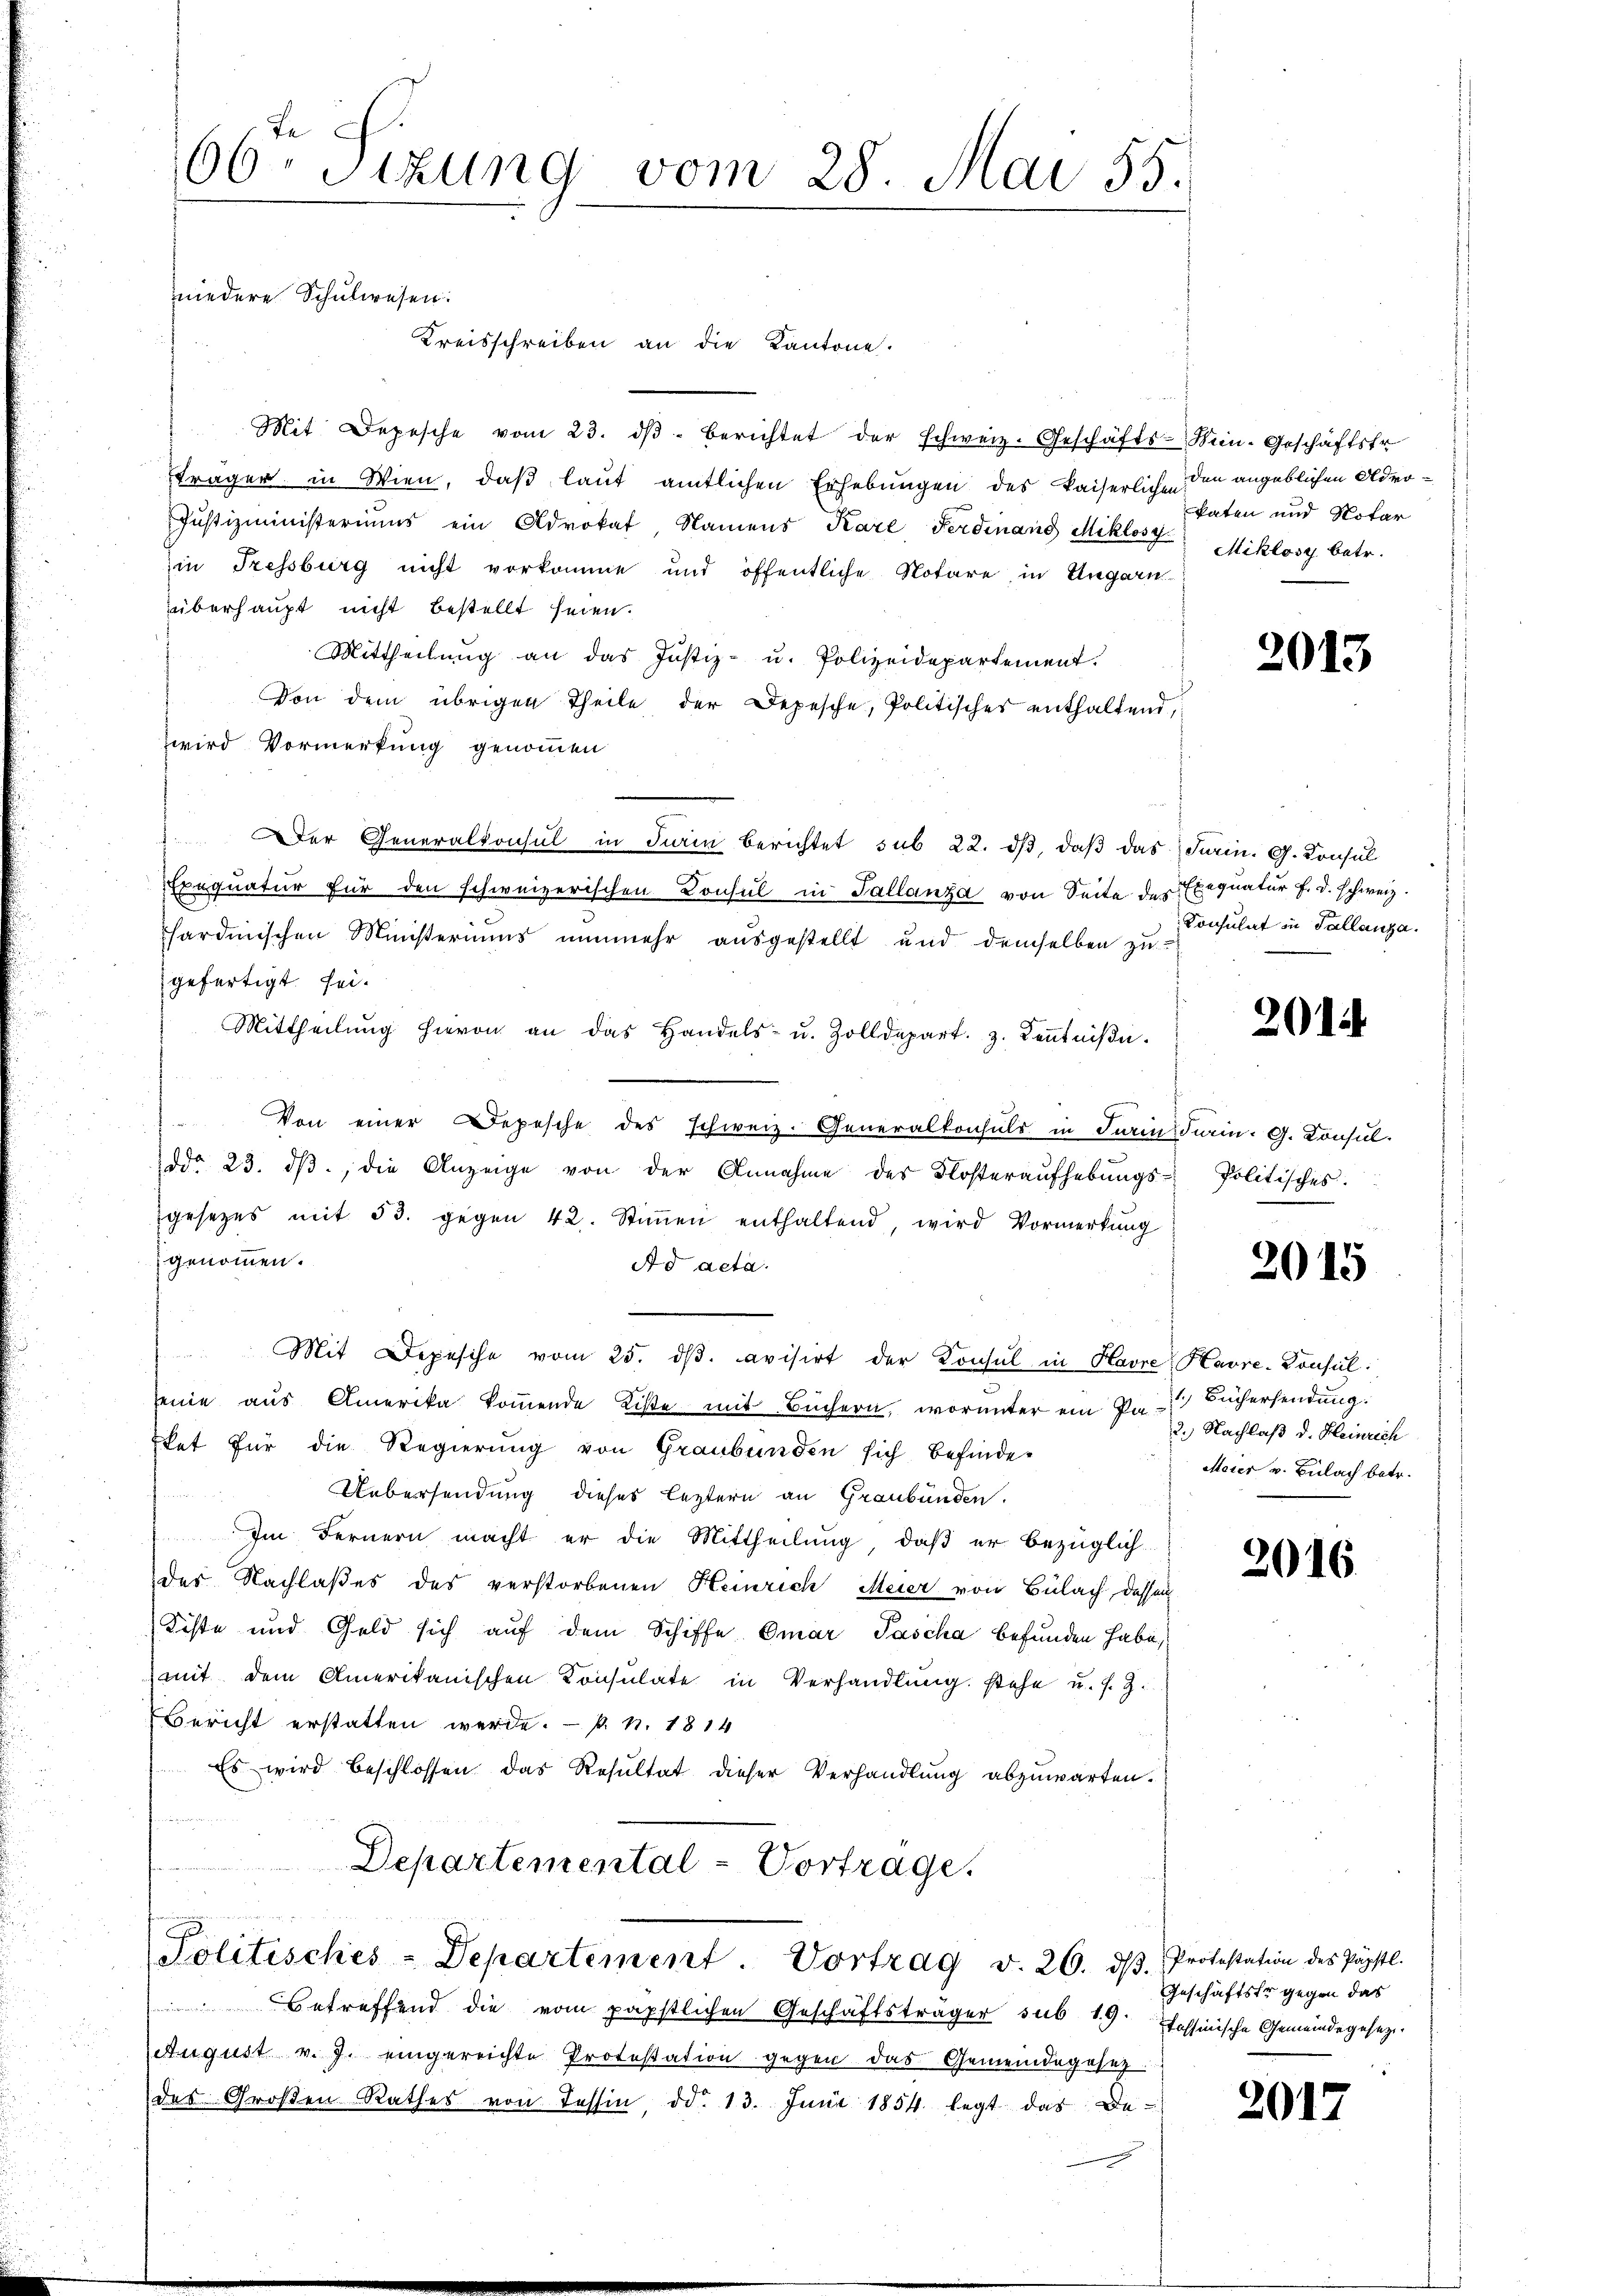
Kreisschreiben an die Kantone.
Mit Depesche vom 23. dβ berichtet der schweiz. Geschäfts-
sträger in Wien, daß laut amtlichen Erhebungen des kaiserlichen
Justizministeriums ein Advokat, Namens Karl Ferdinand Miklosy
in Tressburg nicht vorkomme und öffentliche Notare, in Ungarn-
rüberhaupt nicht bestellt seien.
Mittheilung an das Justiz- u. Polizeidepartement.
Von dem übrigen Theile der Depesche, Politisches enthaltend,
wird Vormerkung genommen
" Der Generalkonsul in Turin berichtet sub 22. dβ, daß das Turin. G. Konsul
Exequatur für den schweizerischen Consul in Tallanza von Seite des Exequatur f. d. schweiz.
sardinischen Ministeriums nunmehr ausgestellt und demselben zugefertigt sei¬
Mittheilung hievon an das Handels- u. Zolldepart, z. Kenntnißi¬
.
Von einer Depesche des Schweiz. Generalkonsuls in darin darin. G. Consulddo 23. dβ, die Anzeige von der Annahme des Klosteraŭfhebŭngs-Politisches.
gesetzes mit 53. gegen 42. Stiṁen enthaltend, wird Vormerkŭng
genommen.
Ad acta.
Mit Depesche vom 25. dβ. avisirt der Konsul in Havre, Havre-Konsulseine aus Amerika koṁende Liste mit Büchern, worunter ein No 2. Nachlaß d. Heinrich
That für die Regierung von Graubünden sich befinde-
Uebersendung dieses leztern an Graubünden.
Im Fernern macht er die Mittheilung, daß er bezüglich
der Nachlaßes des verstorbenen Heinrich Meier von Bülach, dassen
Kiste und Geld sich auf dem Schiffe Omar Pascha befunden habe,
mit dem Amerikanischen Konsulate in Verhandlŭng stehe u. s. Z.
Bericht erstatten werde. — P. N. 1814
Es wird beschlossen das Resultat dieser Verhandlung abzuwarten.
d
Departemental-Vortrage.
Politisches-Departement. Vortrag v. 26. dβ. Protestation des Päpstl.
Betreffend die vom päpstlichen Geschäftsträger sub 19. Passinische Gemeindegesez¬
August v. J. eingereichte Protestation gegen das Gemeindegesezdes Großen Rathes von Tessin dd. 13. Juni 1854 legt das De-

te
66 Sizung vom 28. Mai 55.

niedere Schulwesen:

Sein Geschäftsfr
den angeblichen Advokaten und Notar
Miklosy betr.

2013

Consulat in Tallanza.

2014

2015

1. Büchersendung.
Meier v. Bülach betr.

2016.

Geschäftstr gegen das

2017